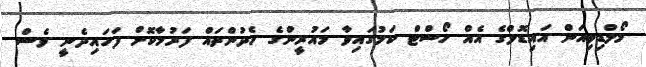
މޯލްޑިވިއަން އައިޑޮލްގެ އެއް ހޯސްޓް ކަމުގައިވާ މައުރީންގެ ހެދުންތައް ފަރުމާކޮށް ފަހައިދެނީ ވެސް